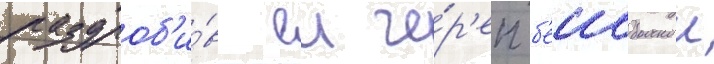
раздроб'и́в еи че́р'еп б'еисбольнои